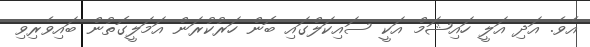
އެވެ. އަދި އަލީ ހައިޝަމް އަކީ ސައިކަލްގައި ބޮން ހަރުކުރަން އަމަލީގޮތުން ބައިވެރިވި